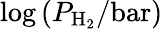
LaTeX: \log{(P_{\mathrm{H_{2}}}/\mathrm{bar})}